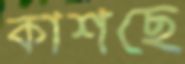
কাশছে